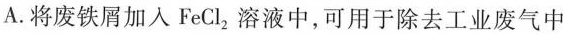
A. 将废铁屑加入FeCl_{2}溶液中，可用于除去工业废气中